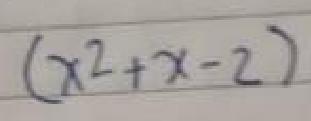
\((x^{2}+x - 2)\)